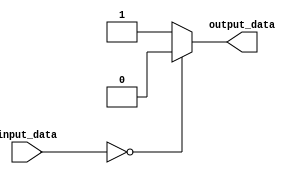
module BehavioralModeling (
    input wire [1:0] input_data,
    output reg output_data
);

always @* begin
    case (input_data)
        2'b00: output_data = 0; // behavior for input_data = 00
        2'b01: output_data = 1; // behavior for input_data = 01
        default: output_data = 1; // don't care case statement
    endcase
end

endmodule